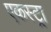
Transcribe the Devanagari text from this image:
एकस्ट्रा